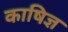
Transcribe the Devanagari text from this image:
काषिज्ञ